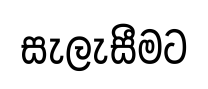
සැලැසීමට